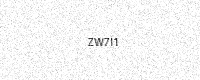
Text: ZW7I1